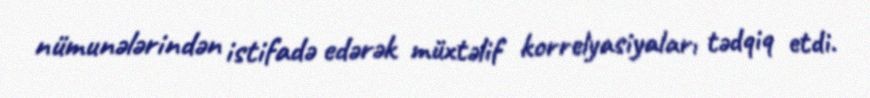
nümunələrindən istifadə edərək müxtəlif korrelyasiyaları tədqiq etdi.